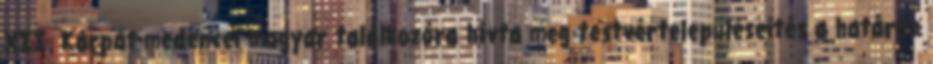
XII. Kárpát-medencei magyar találkozóra hívta meg testvértelepüléseités a határon